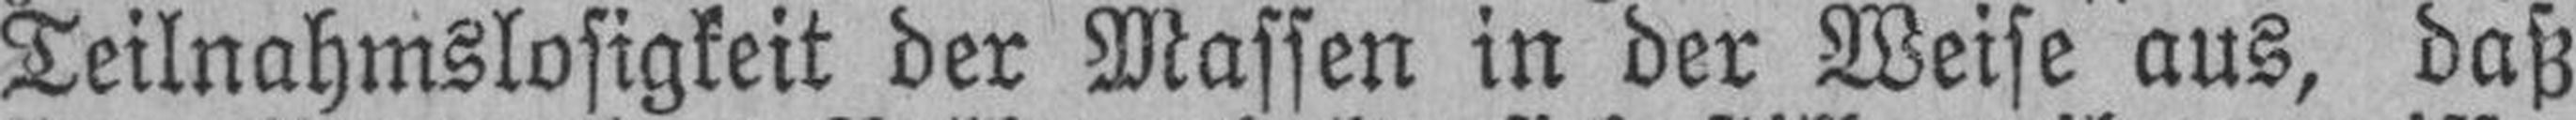
Teilnahmslosigkeit der Massen in der Weise aus, daß